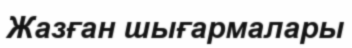
Жазған шығармалары